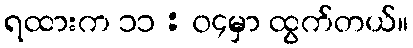
ရထားက ၁၁ : ၀၄မှာ ထွက်တယ်။